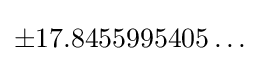
\pm 17.8455995405\ldots